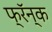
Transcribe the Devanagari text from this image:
फ्रॅन्क